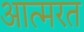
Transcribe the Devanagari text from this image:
आत्मरत